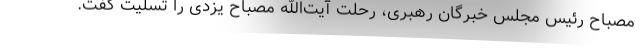
مصباح رئیس مجلس خبرگان رهبری، رحلت آیت‌الله مصباح یزدی را تسلیت گفت.